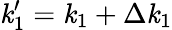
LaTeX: \mathit{k}_{1}^{\prime}=\mathit{k}_{1}+\Delta\mathit{k}_{1}